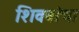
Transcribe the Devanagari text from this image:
शिवबांचा